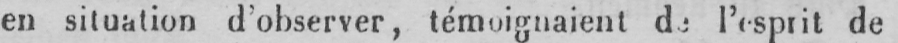
en situation d’observer, témoignaient de l’esprit de